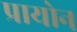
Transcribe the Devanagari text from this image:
प्रायोन